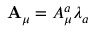
{ \mathbf { A } } _ { \mu } = A _ { \mu } ^ { a } \lambda _ { a }